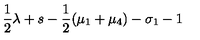
\frac { 1 } { 2 } \lambda + s - \frac { 1 } { 2 } ( \mu _ { 1 } + \mu _ { 4 } ) - \sigma _ { 1 } - 1